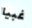
غبيا